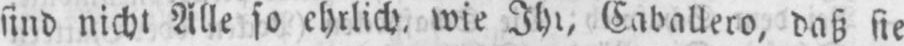
sind nicht Alle so ehrlich, wie Ihr, Caballero, daß sie